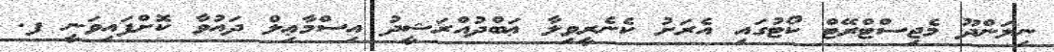
ނިލަންދޫ މެޖިސްޓްރޭޓް ކޯޓުގައި އެރަށު ކެނެރީވިލާ ޢަބްދުއްރަޝީދު އިސްމާޢިލް ދައުވާ ކޮށްފައިވަނީ ފ.